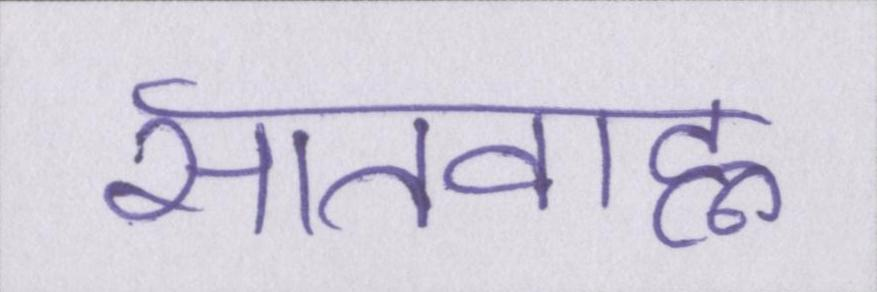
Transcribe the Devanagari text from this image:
सातवाह्न